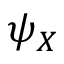
\psi _ { X }